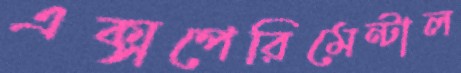
এক্সপেরিমেন্টাল